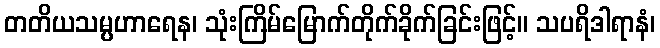
တတိယသမ္ပဟာရေန၊ သုံးကြိမ်မြောက်တိုက်ခိုက်ခြင်းဖြင့်။ သပရိဒါရာနံ၊